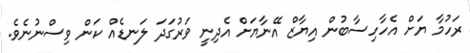
ރަހުމާ ޔަށް އެހާހިސާބުން އިޔާޒް އޭނާޔަށް އެދިނީ ވަރުގަދަ ލަނޑެއް ކަން ވިސްނުނެވެ.